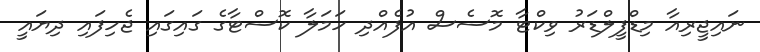
ނައިޖީރިއާ މިޑްފީލްޑަރު ވިކްޓާ މޮސެސް އުފެއްދި ހަމަލާ ކޮސްޓާގެ ގައިގައި ޖެހިފައި ދިޔައީ